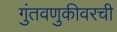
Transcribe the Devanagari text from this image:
गुंतवणुकीवरची